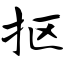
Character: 抠